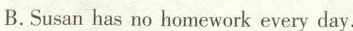
B.Susan has no homework every day.